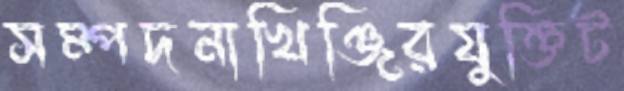
সম্পদনাখিঞ্জিরযুক্তিট